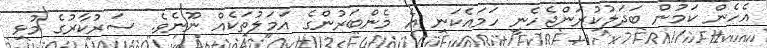
އެހެން ކަމުން ބަދަލުކުރަންޖެހެނީ ހަމައެކަނި އެ މެންބަރުންގެ އަމަލުތަކެއް ނޫނެވެ. ސަރުކާރުގެ މުޅި